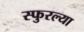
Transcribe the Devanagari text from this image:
स्फुरल्या